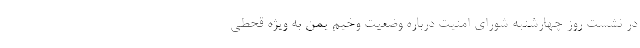
در نشست روز چهارشنبه شورای امنیت درباره وضعیت وخیم یمن به ویژه قحطی